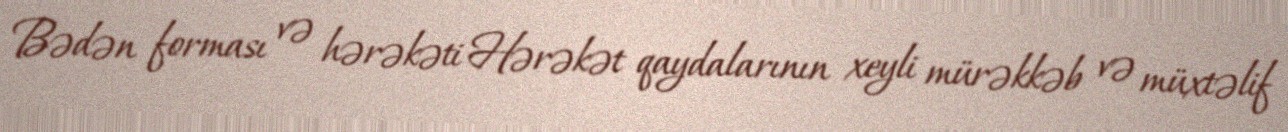
Bədən forması və hərəkəti Hərəkət qaydalarının xeyli mürəkkəb və müxtəlif